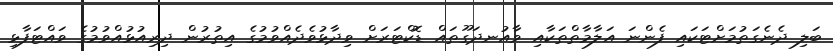
ބަލި ދެނެގަތުމަށްޓަކައި ފެންނަ އަލާމާތްތަކާއި ވާއުނދަގޫތައް ޑޮކްޓަރަށް ވިދާޅުވެދެއްވުމުގެ އިތުރުން ދިރިއުޅުއްވުމުގެ ވައްޓަފާޅި